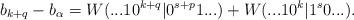
LaTeX: \begin{align*} b_{k+q} - b_\alpha = W(...10^{k+q}|0^{s+p}1...) + W(...10^k |1^s0...).\end{align*}